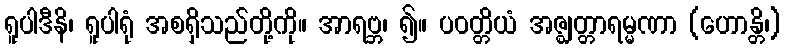
ရူပါဒီနိ၊ ရူပါရုံ အစရှိသည်တို့ကို။ အာရဗ္ဘ၊ ၍။ ပဝတ္တိယံ အဇ္ဈတ္တာရမ္မဏာ (ဟောန္တိ၊)